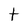
Character: t